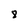
Character: 8